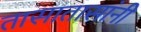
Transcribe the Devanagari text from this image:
तासातासांनी